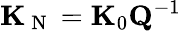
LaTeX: {\mathbf K}_{\mathrm{~N~}}={\mathbf K}_{0}{\mathbf Q}^{-1}